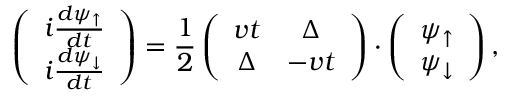
\left( \begin{array} { c } { i \frac { d \psi _ { \uparrow } } { d t } } \\ { i \frac { d \psi _ { \downarrow } } { d t } } \end{array} \right) = \frac { 1 } { 2 } \left( \begin{array} { c c } { v t } & { \Delta } \\ { \Delta } & { - v t } \end{array} \right) \cdot \left( \begin{array} { c } { \psi _ { \uparrow } } \\ { \psi _ { \downarrow } } \end{array} \right) ,